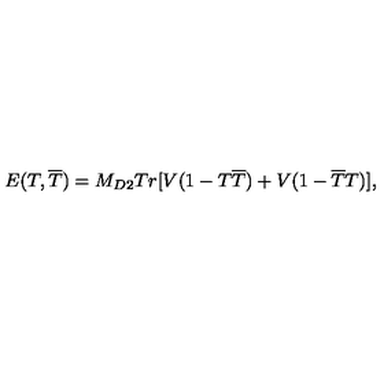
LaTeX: E ( T , \overline { { T } } ) = M _ { D 2 } T r [ V ( 1 - T \overline { { T } } ) + V ( 1 - \overline { { T } } T ) ] ,